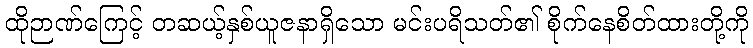
ထိုဉာဏ်ကြေင့် တဆယ့်နှစ်ယူဇနာရှိသော မင်းပရိသတ်၏ စိုက်နေစိတ်ထားတို့ကို